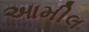
આમીલ